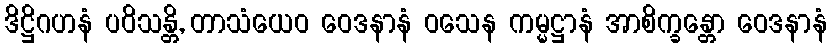
ဒိဋ္ဌိဂဟနံ ပဝိသန္တိ, တာသံယေဝ ဝေဒနာနံ ဝသေန ကမ္မဋ္ဌာနံ အာစိက္ခန္တော ဝေဒနာနံ